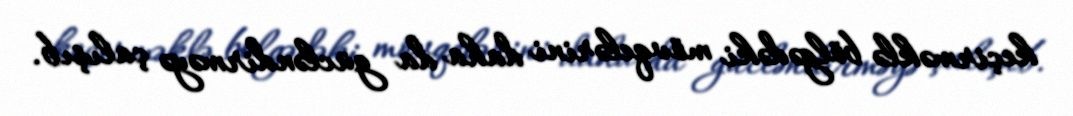
keçirməklə bölgədəki mövqelərini daha da gücləndirməyə çalışıb.